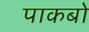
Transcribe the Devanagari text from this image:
पाकबो